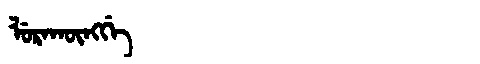
Manchu: ᠯᡠᡵᠠᡴᡡᠩᡤᡝ
Romanization: LURAKŪNGGE